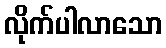
လိုက်ပါလာသော